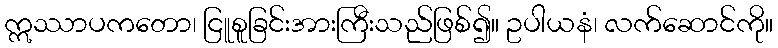
ဣဿာပကတော၊ ငြူစူခြင်းအားကြီးသည်ဖြစ်၍။ ဥပါယနံ၊ လက်ဆောင်ကို။